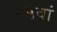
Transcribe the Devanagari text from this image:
२५वां